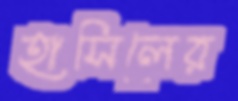
হাসিলের